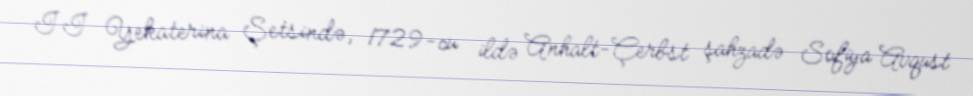
II Yekaterina Şetsində, 1729-cu ildə Anhalt-Çerbst şahzadə Sofiya Avqust